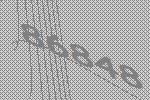
86848